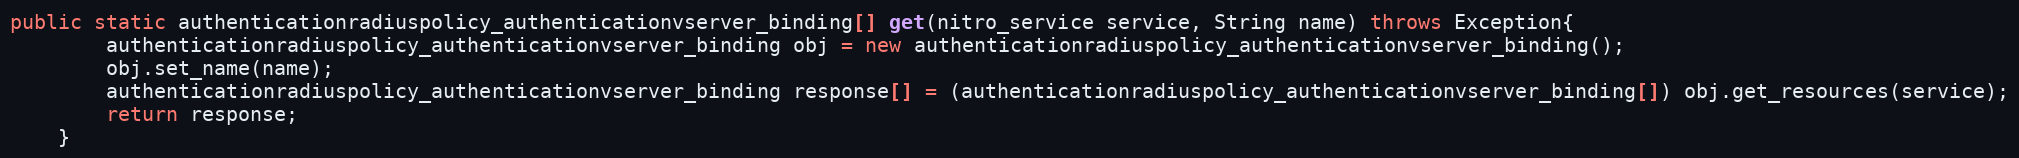
Language: Java
public static authenticationradiuspolicy_authenticationvserver_binding[] get(nitro_service service, String name) throws Exception{
		authenticationradiuspolicy_authenticationvserver_binding obj = new authenticationradiuspolicy_authenticationvserver_binding();
		obj.set_name(name);
		authenticationradiuspolicy_authenticationvserver_binding response[] = (authenticationradiuspolicy_authenticationvserver_binding[]) obj.get_resources(service);
		return response;
	}